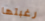
رغبتها